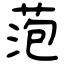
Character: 萢